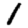
Digit: 1